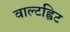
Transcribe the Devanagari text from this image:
वाल्टह्विट